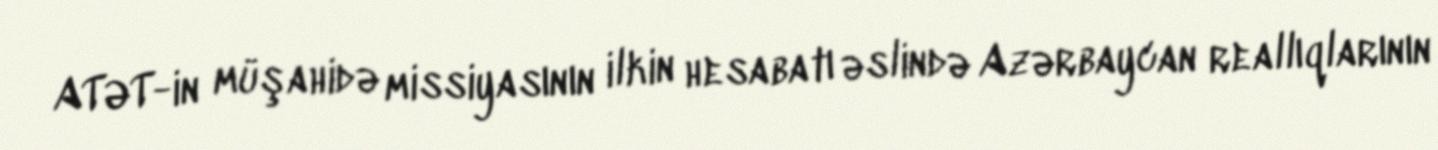
ATƏT-in müşahidə missiyasının ilkin hesabatı əslində Azərbaycan reallıqlarının